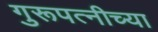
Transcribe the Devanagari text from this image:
गुरूपत्नीच्या